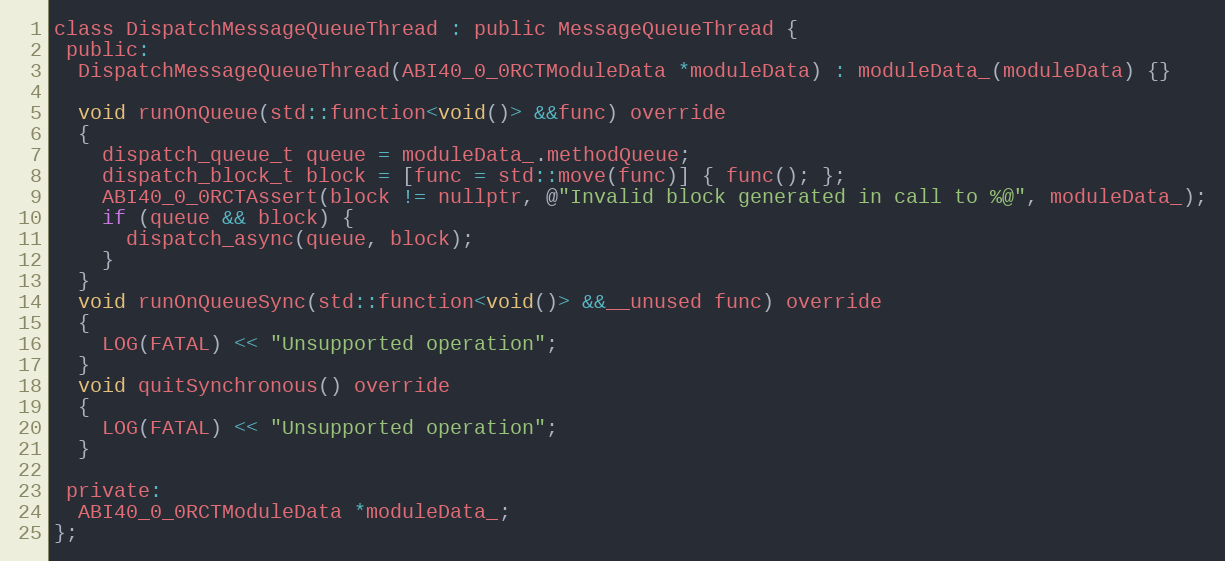
Language: C
class DispatchMessageQueueThread : public MessageQueueThread {
 public:
  DispatchMessageQueueThread(ABI40_0_0RCTModuleData *moduleData) : moduleData_(moduleData) {}

  void runOnQueue(std::function<void()> &&func) override
  {
    dispatch_queue_t queue = moduleData_.methodQueue;
    dispatch_block_t block = [func = std::move(func)] { func(); };
    ABI40_0_0RCTAssert(block != nullptr, @"Invalid block generated in call to %@", moduleData_);
    if (queue && block) {
      dispatch_async(queue, block);
    }
  }
  void runOnQueueSync(std::function<void()> &&__unused func) override
  {
    LOG(FATAL) << "Unsupported operation";
  }
  void quitSynchronous() override
  {
    LOG(FATAL) << "Unsupported operation";
  }

 private:
  ABI40_0_0RCTModuleData *moduleData_;
};